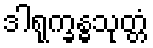
ဒါရုက္ခန္ဓသုတ္တံ